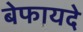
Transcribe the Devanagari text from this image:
बेफायदे